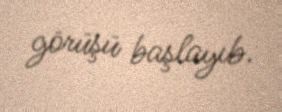
görüşü başlayıb.